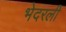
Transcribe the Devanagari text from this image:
भेदरली